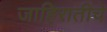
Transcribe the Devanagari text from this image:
जाहिरातींचे